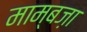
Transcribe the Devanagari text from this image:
माम्बज़ा